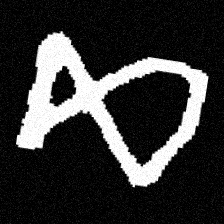
Pyu character \u2014 Myanmar letter: ဆ (romanized: cha)